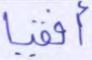
أفقيا